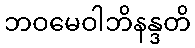
ဘဝမေဝါဘိနန္ဒတိ